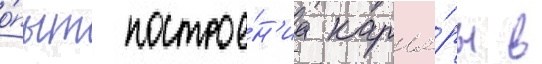
о́пыт построе́н'иа карье́ры в